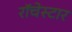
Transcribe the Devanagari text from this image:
रॉचेस्टार